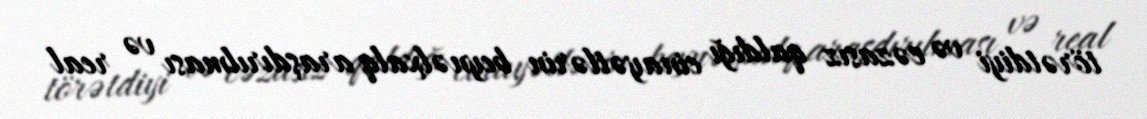
törətdiyi və cəzasız qaldığı cinayətlərin beynəlxalq araşdırılması və real